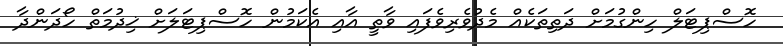
ހޮސްޕިޓަލް ހިންގުމަށް ދަތިތަކެއް މެދުވެރިވެފައި ވާތީ އާއި އެކަމުން ހޮސްޕިޓަލަށް ޚިދުމަތް ހޯދަންދާ